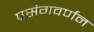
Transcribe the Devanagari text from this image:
प्रसंगवर्णन